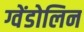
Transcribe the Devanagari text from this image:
ग्वेंडोलिन